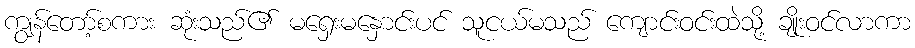
ကျွန်တော့်စကား ဆုံးသည်၏ မရှေးမနှောင်းပင် သူငယ်မသည် ကျောင်းဝင်းထဲသို့ ချိုးဝင်လာကာ